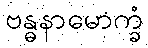
ဗန္ဓနာမောက္ခံ